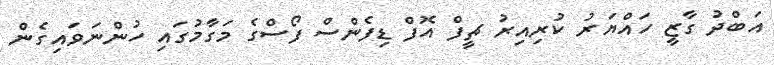
އަބްދު ގާޒީ ހައްޔަރު ކުރިއިރު ޗީފް އޮފް ޑިފެންސް ފޯސްގެ މަގާމުގައި ހުންނަވައިގެން